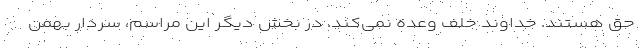
حق هستند. خداوند خلف وعده نمی‌کند. در بخش دیگر این مراسم، سردار بهمن